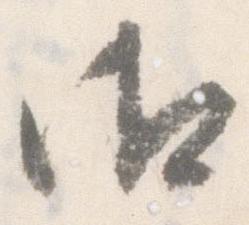
御